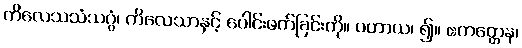
ကိလေသသံသဂ္ဂံ၊ ကိလေသာနှင့် ပေါင်းဖက်ခြင်းကို။ ပဟာယ၊ ၍။ ဧကတ္တေန၊